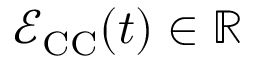
\mathcal { E } _ { \mathrm { C C } } ( t ) \in \mathbb { R }